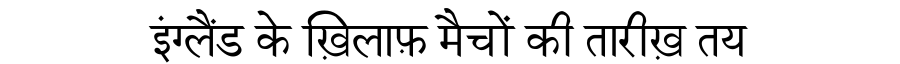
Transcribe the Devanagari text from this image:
इंग्लैंड के ख़िलाफ़ मैचों की तारीख़ तय